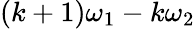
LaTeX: (k+1)\omega_{1}-k\omega_{2}